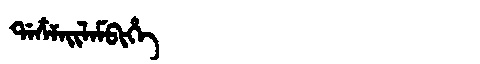
Manchu: ᡩᠠᠴᠶᠠᡳᠯᠠᠮᠪᡳᡥᡝ
Romanization: DACYAILAMBIHE